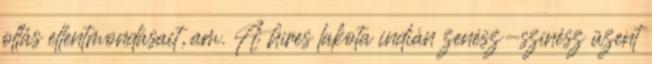
oltás ellentmondásait, am. A híres lakota indián zenész-színész üzent